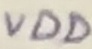
Text: VDD